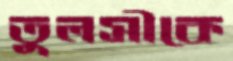
তুলসীকে